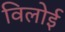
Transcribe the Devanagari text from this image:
विलोई